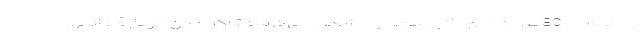
و اگر سال 80 نیامده بود کی سعدآباد شکل می‌گرفت؟ اگر آمدن دوبارۀ خاتمی